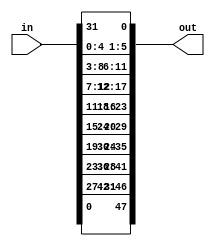
module E(in, out);
  input [1:32] in;
  output [1:48] out;

  assign out[1] = in[32];
  assign out[2] = in[1];
  assign out[3] = in[2];
  assign out[4] = in[3];
  assign out[5] = in[4];
  assign out[6] = in[5];
  assign out[7] = in[4];
  assign out[8] = in[5];
  assign out[9] = in[6];
  assign out[10] = in[7];
  assign out[11] = in[8];
  assign out[12] = in[9];
  assign out[13] = in[8];
  assign out[14] = in[9];
  assign out[15] = in[10];
  assign out[16] = in[11];
  assign out[17] = in[12];
  assign out[18] = in[13];
  assign out[19] = in[12];
  assign out[20] = in[13];
  assign out[21] = in[14];
  assign out[22] = in[15];
  assign out[23] = in[16];
  assign out[24] = in[17];
  assign out[25] = in[16];
  assign out[26] = in[17];
  assign out[27] = in[18];
  assign out[28] = in[19];
  assign out[29] = in[20];
  assign out[30] = in[21];
  assign out[31] = in[20];
  assign out[32] = in[21];
  assign out[33] = in[22];
  assign out[34] = in[23];
  assign out[35] = in[24];
  assign out[36] = in[25];
  assign out[37] = in[24];
  assign out[38] = in[25];
  assign out[39] = in[26];
  assign out[40] = in[27];
  assign out[41] = in[28];
  assign out[42] = in[29];
  assign out[43] = in[28];
  assign out[44] = in[29];
  assign out[45] = in[30];
  assign out[46] = in[31];
  assign out[47] = in[32];
  assign out[48] = in[1];
endmodule